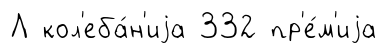
Л кол'еба́н'иjа 332 пр'е́м'иjа